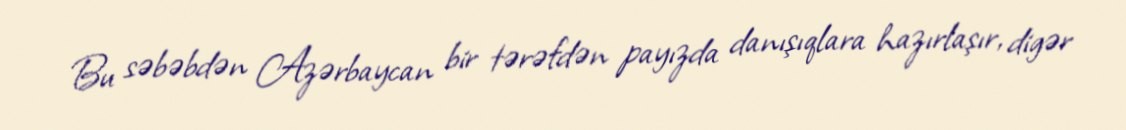
Bu səbəbdən Azərbaycan bir tərəfdən payızda danışıqlara hazırlaşır, digər